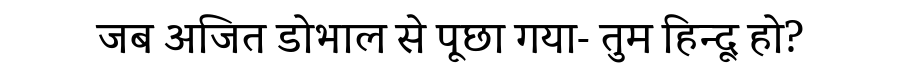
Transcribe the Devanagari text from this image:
जब अजित डोभाल से पूछा गया- तुम हिन्दू हो?